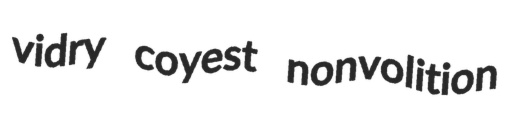
vidry coyest nonvolition